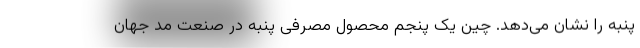
پنبه را نشان می‌دهد. چین یک پنجم محصول مصرفی پنبه در صنعت مد جهان